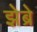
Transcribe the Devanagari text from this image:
झेब्रे